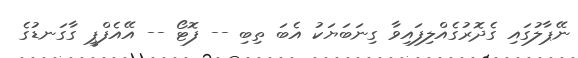
ނޭޕާލުގައި ގެދޮރުގެއްލިފައިވާ ގިނަބަޔަކު އެބަ ތިބި -- ފޮޓޯ -- އޭއެފްޕީ ގާގަނޑުގެ